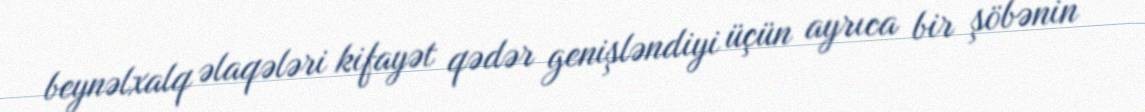
beynəlxalq əlaqələri kifayət qədər genişləndiyi üçün ayrıca bir şöbənin